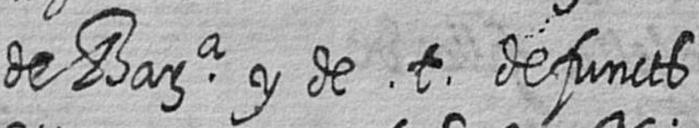
de Bara y de t defuncts